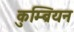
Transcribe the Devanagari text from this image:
कुम्ब्रियन